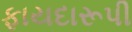
ફાયદારૂપી